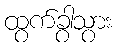
ထွက်ခွာသွား